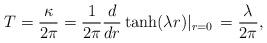
LaTeX: \begin{align*}T=\frac{\kappa}{2\pi}=\frac{1}{2\pi}\frac{d}{dr}\tanh(\lambda r)|_{r=0}\,=\frac{\lambda}{2\pi},\end{align*}